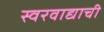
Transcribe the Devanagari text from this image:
स्वरवाद्याची